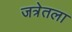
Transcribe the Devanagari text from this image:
जत्रेतला